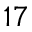
1 7